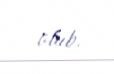
olub.